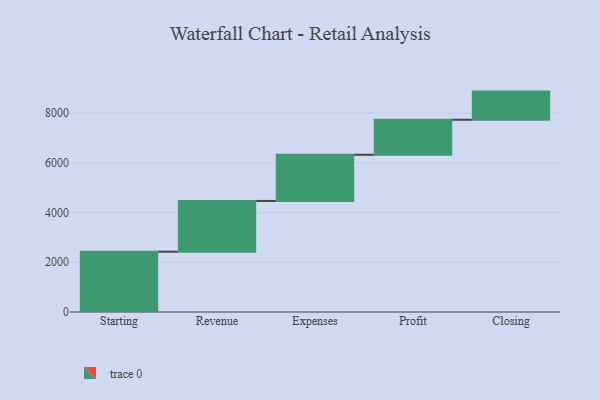
{"axis": {"x": "Step", "y": "Value"}, "legend": [""], "data": [{"x": "Starting", "y": 2426.0, "type": ""}, {"x": "Revenue", "y": 2041.0, "type": ""}, {"x": "Expenses", "y": 1857.0, "type": ""}, {"x": "Profit", "y": 1409.0, "type": ""}, {"x": "Closing", "y": 1132.0, "type": ""}]}